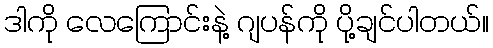
ဒါကို လေကြောင်းနဲ့ ဂျပန်ကို ပို့ချင်ပါတယ်။